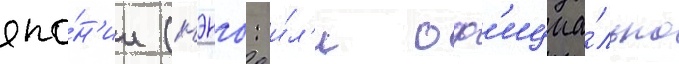
япо́н'ии (нэнго: и́л'и оф'ициа́льно